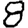
Digit: 8